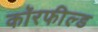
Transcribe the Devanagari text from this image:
कॉरफील्ड